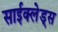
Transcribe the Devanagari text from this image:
साईक्लेड्स